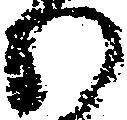
わ